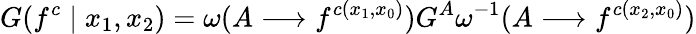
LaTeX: G(f^{c}\mid x_{1},x_{2})=\omega(A\longrightarrow f^{c(x_{1},x_{0})})G^{A}\omega^{-1}(A\longrightarrow f^{c(x_{2},x_{0})})